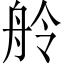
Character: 舲